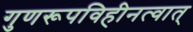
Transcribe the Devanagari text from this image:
गुणरूपविहीनत्वात्